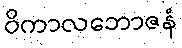
ဝိကာလဘောဇနံ